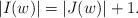
LaTeX: \begin{align*}|I(w)|=|J(w)|+1.\end{align*}